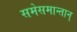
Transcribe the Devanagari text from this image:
समेसमान्तान्